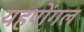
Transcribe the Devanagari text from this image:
यहपोंगल